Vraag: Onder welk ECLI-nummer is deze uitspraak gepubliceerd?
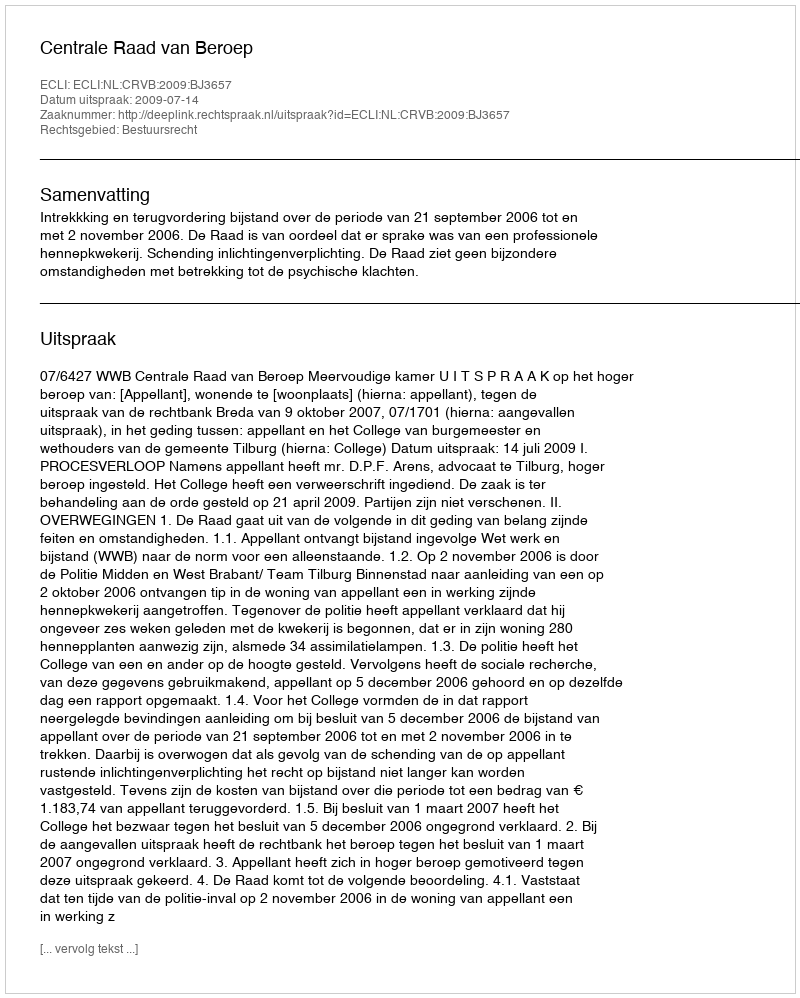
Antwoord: ECLI:NL:CRVB:2009:BJ3657